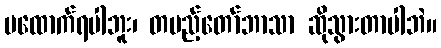
မထောက်ရပါဘူး၊ တပည့်တော်ဘာသာ ဆိုသွားတာပါဘဲ။